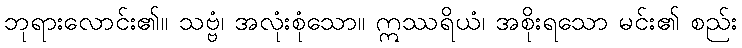
ဘုရားလောင်း၏။ သဗ္ဗံ၊ အလုံးစုံသော။ ဣဿရိယံ၊ အစိုးရသော မင်း၏ စည်း